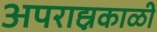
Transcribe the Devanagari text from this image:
अपराह्नकाळीं